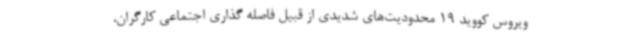
ویروس کووید 19 محدودیت‌های شدیدی از قبیل فاصله گذاری اجتماعی کارگران،